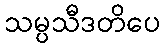
သမ္ပသီဒတိပေ